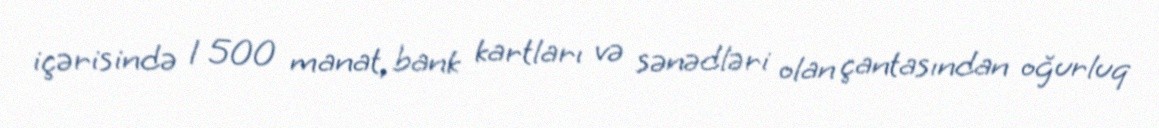
içərisində 1 500 manat, bank kartları və sənədləri olan çantasından oğurluq